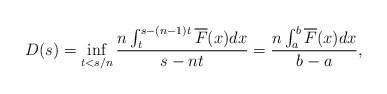
\begin{align*}D(s) = \inf_{t<s/n}\frac{n\int_{t}^{s-(n-1)t}\overline{F}(x)dx}{s-nt} = \frac{n\int_{a}^{b}\overline{F}(x)dx}{b-a},\end{align*}